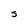
Character: s